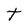
Character: t